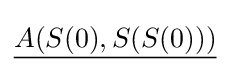
{\underline {A(S(0),S(S(0)))}}